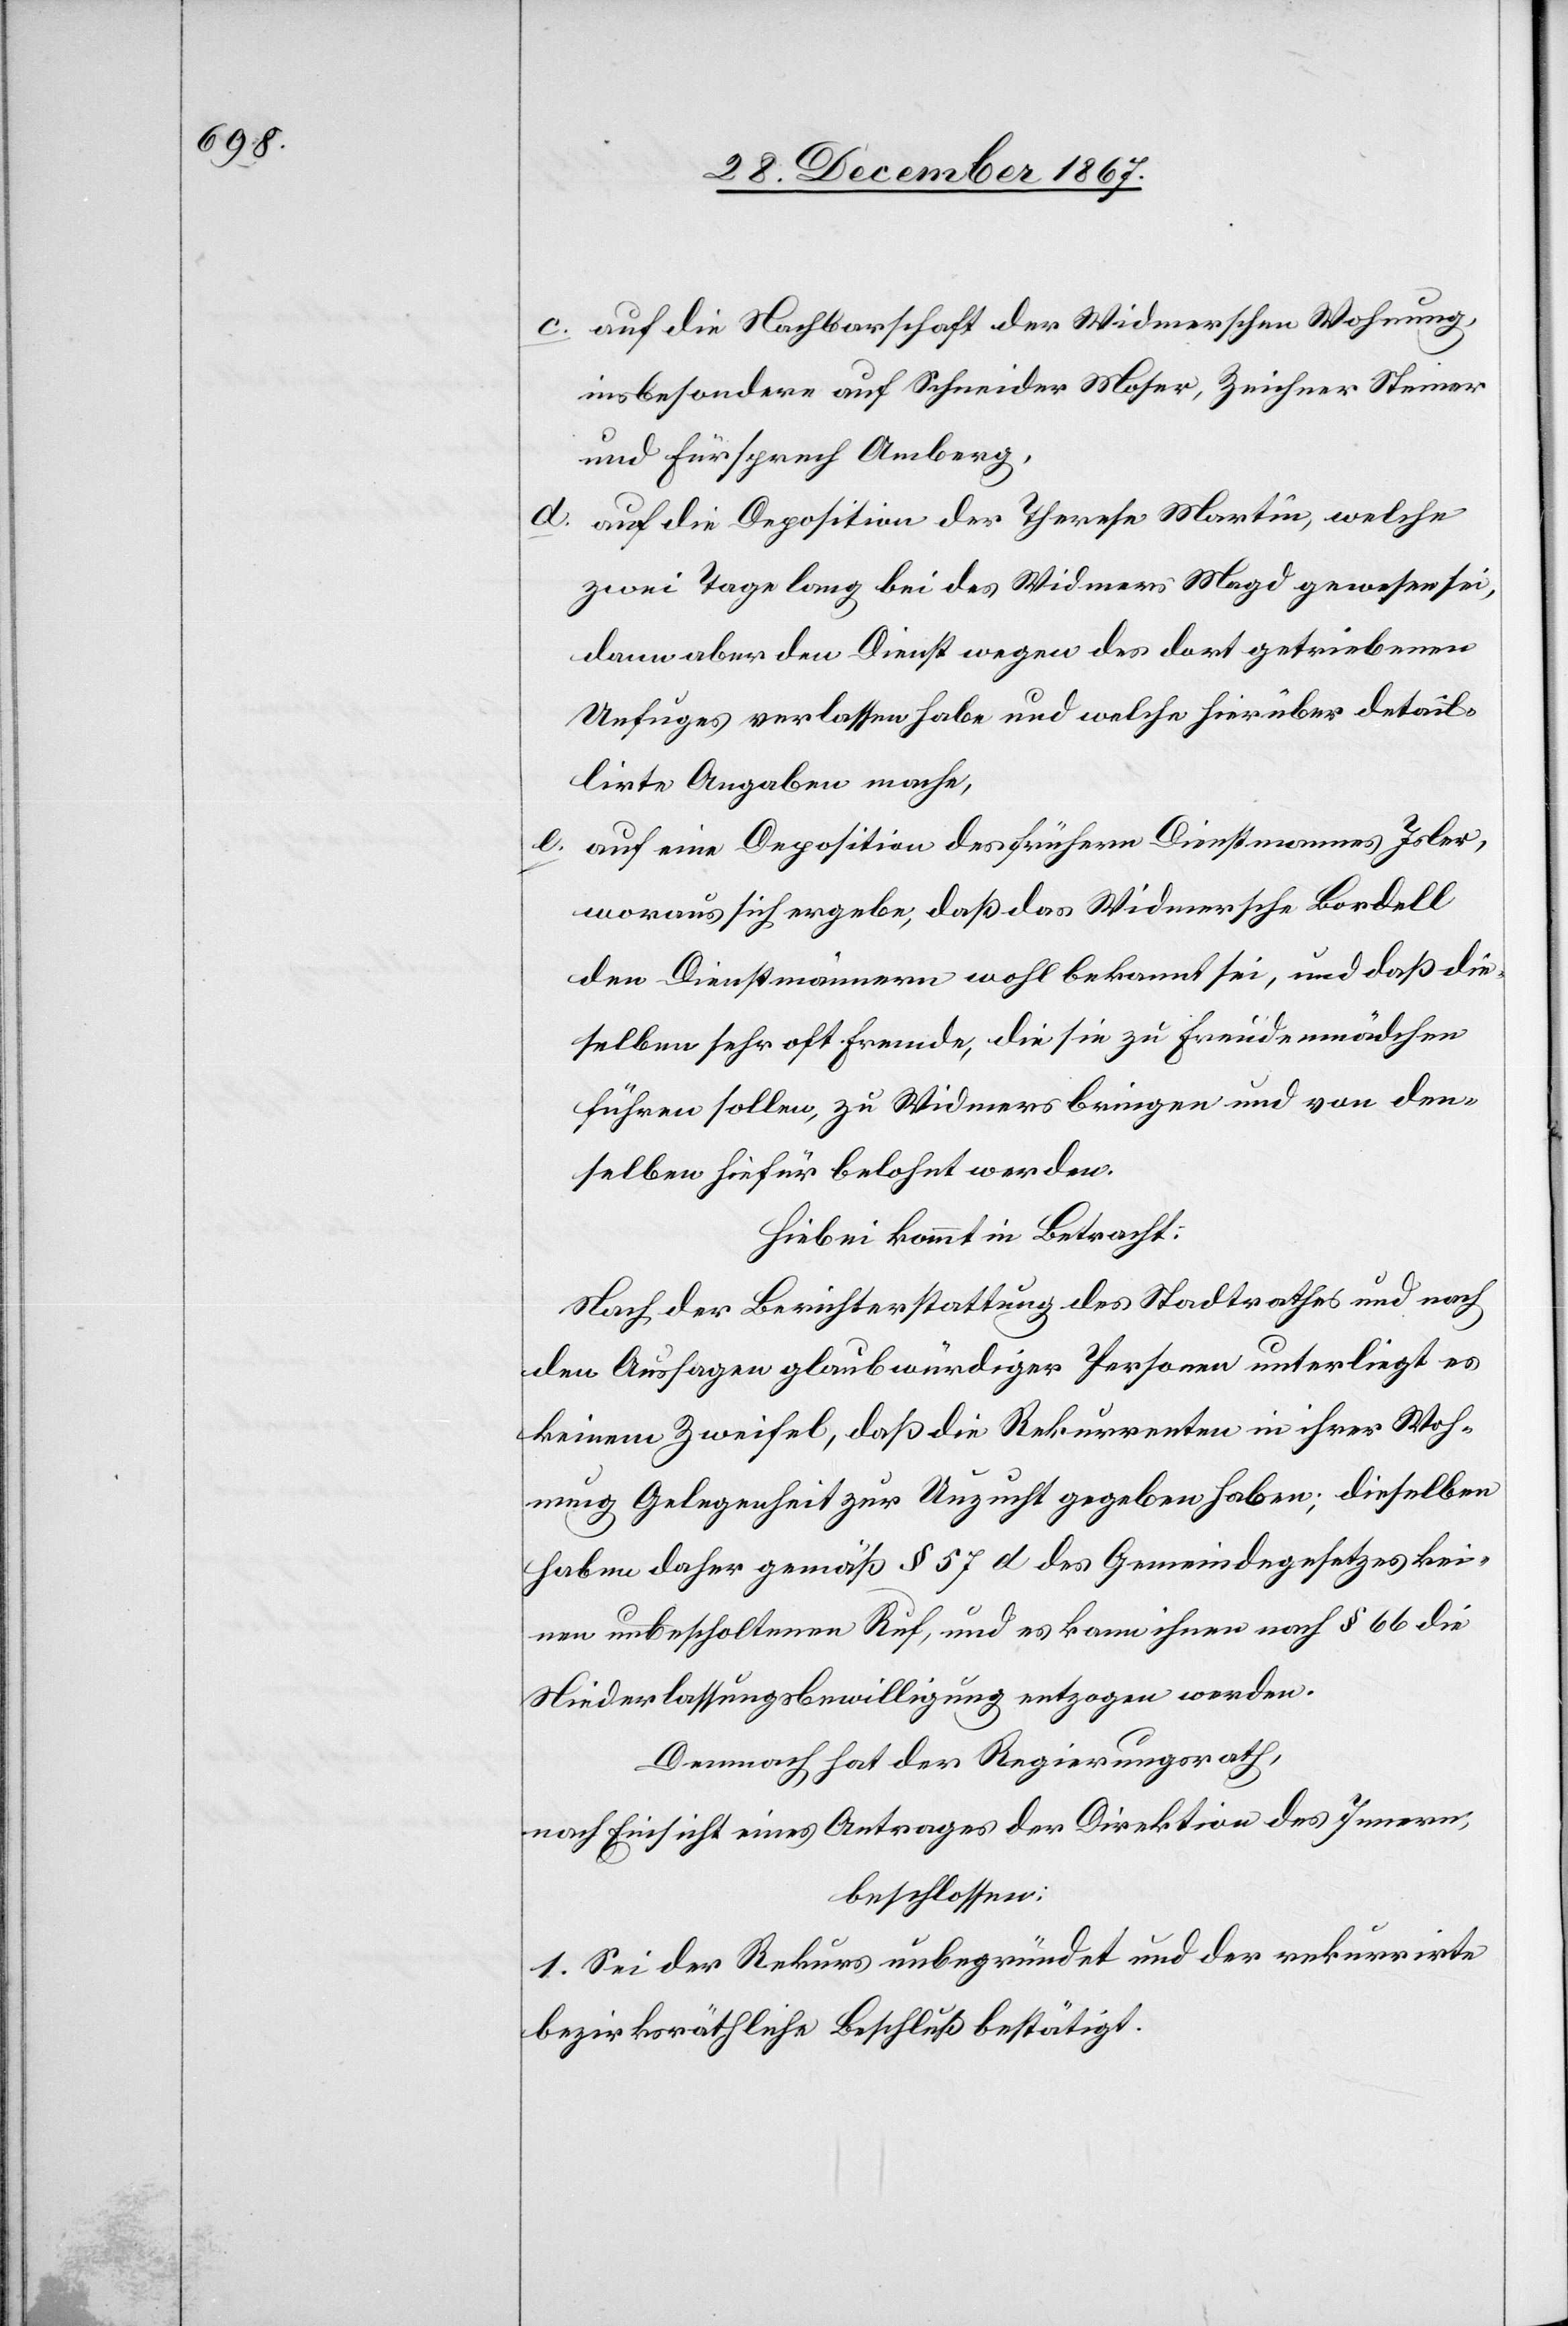
c. auf die Nachbarschaft der Widmerschen Wohnung,
insbesondere auf Schneider Moser, Zeichner Steiner
und Fürsprech Amberg,
d. auf die Deposition der Therese Martin, welche
zwei Tage lang bei des Widmers Magd gewesen sei,
dann aber den Dienst wegen des dort getriebenen
Unfuges verlassen habe und welche hierüber detail¬
lirte Angaben mache,
e. auf eine Deposition des frühern Dienstmannes Isler,
woraus sich ergebe, daß das Widmersche Bordell
den Dienstmännern wohl bekannt sei, und daß die¬
selben sehr oft Fremde, die sie zu Freudenmädchen
führen sollen, zu Widmers bringen und von den¬
selben hiefür belohnt werden.
Hiebei kommt in Betracht:
Nach der Berichterstattung des Stadtrathes und nach
den Aussagen glaubwürdiger Personen unterliegt es
keinem Zweifel, daß die Rekurrenten in ihrer Woh¬
nung Gelegenheit zur Unzucht gegeben haben; dieselben
haben daher gemäß § 57 d des Gemeindegesetzes kei¬
nen unbescholtenen Ruf, und es kann ihnen nach § 66 die
Niederlassungsbewilligung entzogen werden.
Demnach hat der Regierungsrath,
nach Einsicht eines Antrages der Direktion des Innern,
beschlossen:
1. Sei der Rekurs unbegründet und der rekurrirte
bezirksräthliche Beschluß bestätigt.